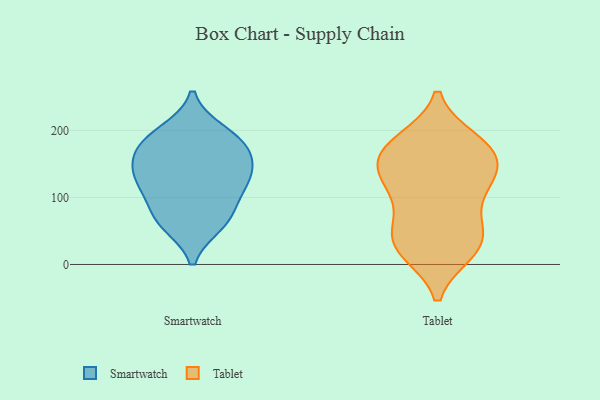
{"axis": {"x": "Headcount", "y": "Value"}, "legend": ["Smartwatch", "Tablet"], "data": [{"x": "", "y": 111, "type": "Smartwatch"}, {"x": "", "y": 188, "type": "Smartwatch"}, {"x": "", "y": 123, "type": "Smartwatch"}, {"x": "", "y": 68, "type": "Smartwatch"}, {"x": "", "y": 151, "type": "Smartwatch"}, {"x": "", "y": 72, "type": "Smartwatch"}, {"x": "", "y": 61, "type": "Smartwatch"}, {"x": "", "y": 197, "type": "Smartwatch"}, {"x": "", "y": 138, "type": "Smartwatch"}, {"x": "", "y": 173, "type": "Smartwatch"}, {"x": "", "y": 175, "type": "Smartwatch"}, {"x": "", "y": 126, "type": "Smartwatch"}, {"x": "", "y": 28, "type": "Tablet"}, {"x": "", "y": 185, "type": "Tablet"}, {"x": "", "y": 19, "type": "Tablet"}, {"x": "", "y": 173, "type": "Tablet"}, {"x": "", "y": 137, "type": "Tablet"}, {"x": "", "y": 134, "type": "Tablet"}, {"x": "", "y": 170, "type": "Tablet"}, {"x": "", "y": 130, "type": "Tablet"}, {"x": "", "y": 21, "type": "Tablet"}, {"x": "", "y": 180, "type": "Tablet"}, {"x": "", "y": 25, "type": "Tablet"}, {"x": "", "y": 145, "type": "Tablet"}, {"x": "", "y": 111, "type": "Tablet"}, {"x": "", "y": 60, "type": "Tablet"}, {"x": "", "y": 48, "type": "Tablet"}, {"x": "", "y": 66, "type": "Tablet"}, {"x": "", "y": 175, "type": "Tablet"}, {"x": "", "y": 111, "type": "Tablet"}]}